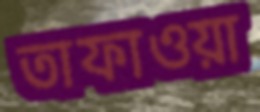
তাফাওয়া